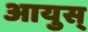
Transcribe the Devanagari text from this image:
आयुस्